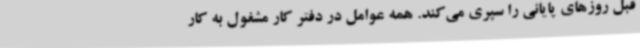
قبل روزهای پایانی را سپری می‌کند. همه عوامل در دفتر کار مشغول به کار